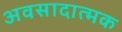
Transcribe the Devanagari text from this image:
अवसादात्मक